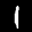
Label: 1